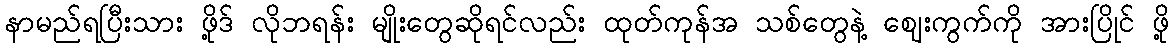
နာမည်ရပြီးသား ဖို့ဒ် လိုဘရန်း မျိုးတွေဆိုရင်လည်း ထုတ်ကုန်အ သစ်တွေနဲ့ ဈေးကွက်ကို အားပြိုင် ဖို့